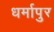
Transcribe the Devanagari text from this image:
धर्मापुर